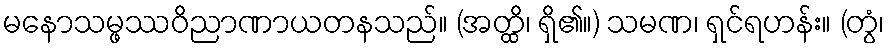
မနောသမ္ဖဿဝိညာဏာယတနသည်။ (အတ္ထိ၊ ရှိ၏။) သမဏ၊ ရှင်ရဟန်း။ (တွံ၊